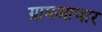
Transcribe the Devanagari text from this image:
ग्रामआचार